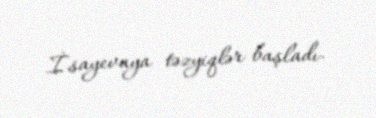
İsayevaya təzyiqlər başladı.